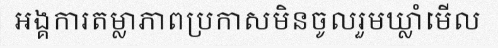
អង្គការតម្លាភាពប្រកាសមិនចូលរួមឃ្លាំមើល